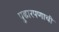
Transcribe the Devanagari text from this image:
पुढारपणाची